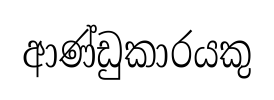
ආණ්ඩුකාරයකු